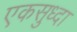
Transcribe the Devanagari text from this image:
एकसुध्दा